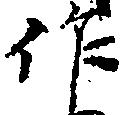
作